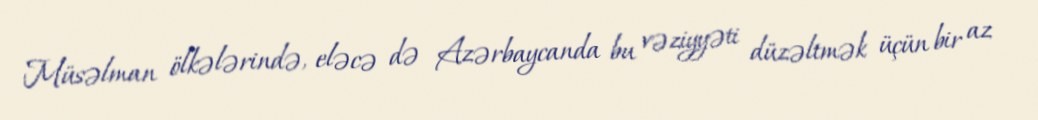
Müsəlman ölkələrində, eləcə də Azərbaycanda bu vəziyyəti düzəltmək üçün bir az